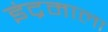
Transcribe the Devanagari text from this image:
इंद्रमाला